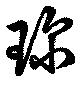
珎